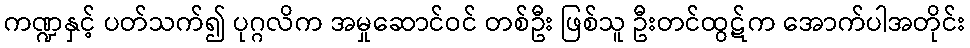
ကဏ္ဍနှင့် ပတ်သက်၍ ပုဂ္ဂလိက အမှုဆောင်ဝင် တစ်ဦး ဖြစ်သူ ဦးတင်ထွဋ်က အောက်ပါအတိုင်း